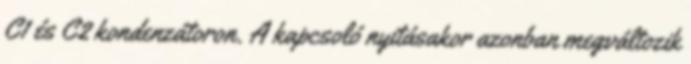
C1 és C2 kondenzátoron. A kapcsoló nyitásakor azonban megváltozik